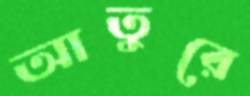
আতুরে